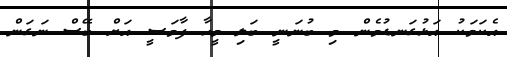
އެކަމަކު އަޅުގަނޑުމެން މި ބުނަނީ ބަލި މީހާ ފާމަސީ އަށް ބޭސް ނަގަން